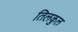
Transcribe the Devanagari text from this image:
तिलकुल